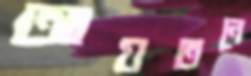
আয়তনে